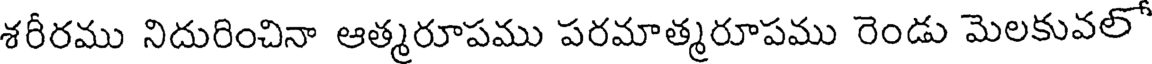
శరీరము నిదురించినా ఆత్మరూపము పరమాత్మరూపము రెండు మెలకువలో